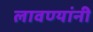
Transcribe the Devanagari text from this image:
लावण्यांनी